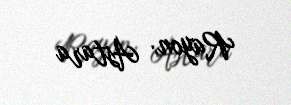
Rayon: Astara